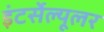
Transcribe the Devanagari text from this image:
इंटर्सेल्यूलर